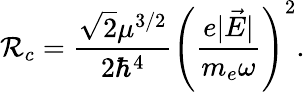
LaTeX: \mathcal{R}_{c}=\frac{\sqrt{2}\mu^{3/2}}{2\hbar^{4}}\left(\frac{e|\vec{E}|}{m_{e}\omega}\right)^{2}.